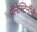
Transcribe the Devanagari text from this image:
पॅलेस्टिनींनी